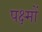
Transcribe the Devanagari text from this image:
पक्ष्मों